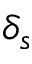
\delta _ { s }